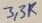
Text: 3,3K